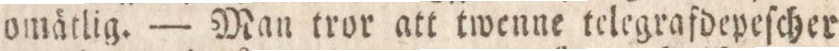
omätlig. — Man tror att twenne telegrafdepeſcher